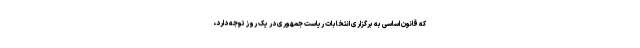
که قانون اساسی به برگزاری انتخابات ریاست جمهوری در یک روز توجه دارد،